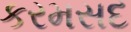
કરમસદ